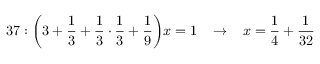
3 7 : { \bigg ( } 3 + { \frac { 1 } { 3 } } + { \frac { 1 } { 3 } } \cdot { \frac { 1 } { 3 } } + { \frac { 1 } { 9 } } { \bigg ) } x = 1 \; \; \; \rightarrow \; \; \; x = { \frac { 1 } { 4 } } + { \frac { 1 } { 3 2 } }